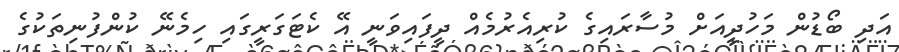
އަދި ބޯޑުން މަހުދީއަށް މުސާރައިގެ ކުރިއެރުމެއް ދީފައިވަނީ އޭ ކެޓަގަރީގައި ހިމެނޭ ކުންފުނިތަކުގެ